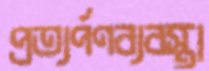
প্রত্যর্পণব্যবস্থা